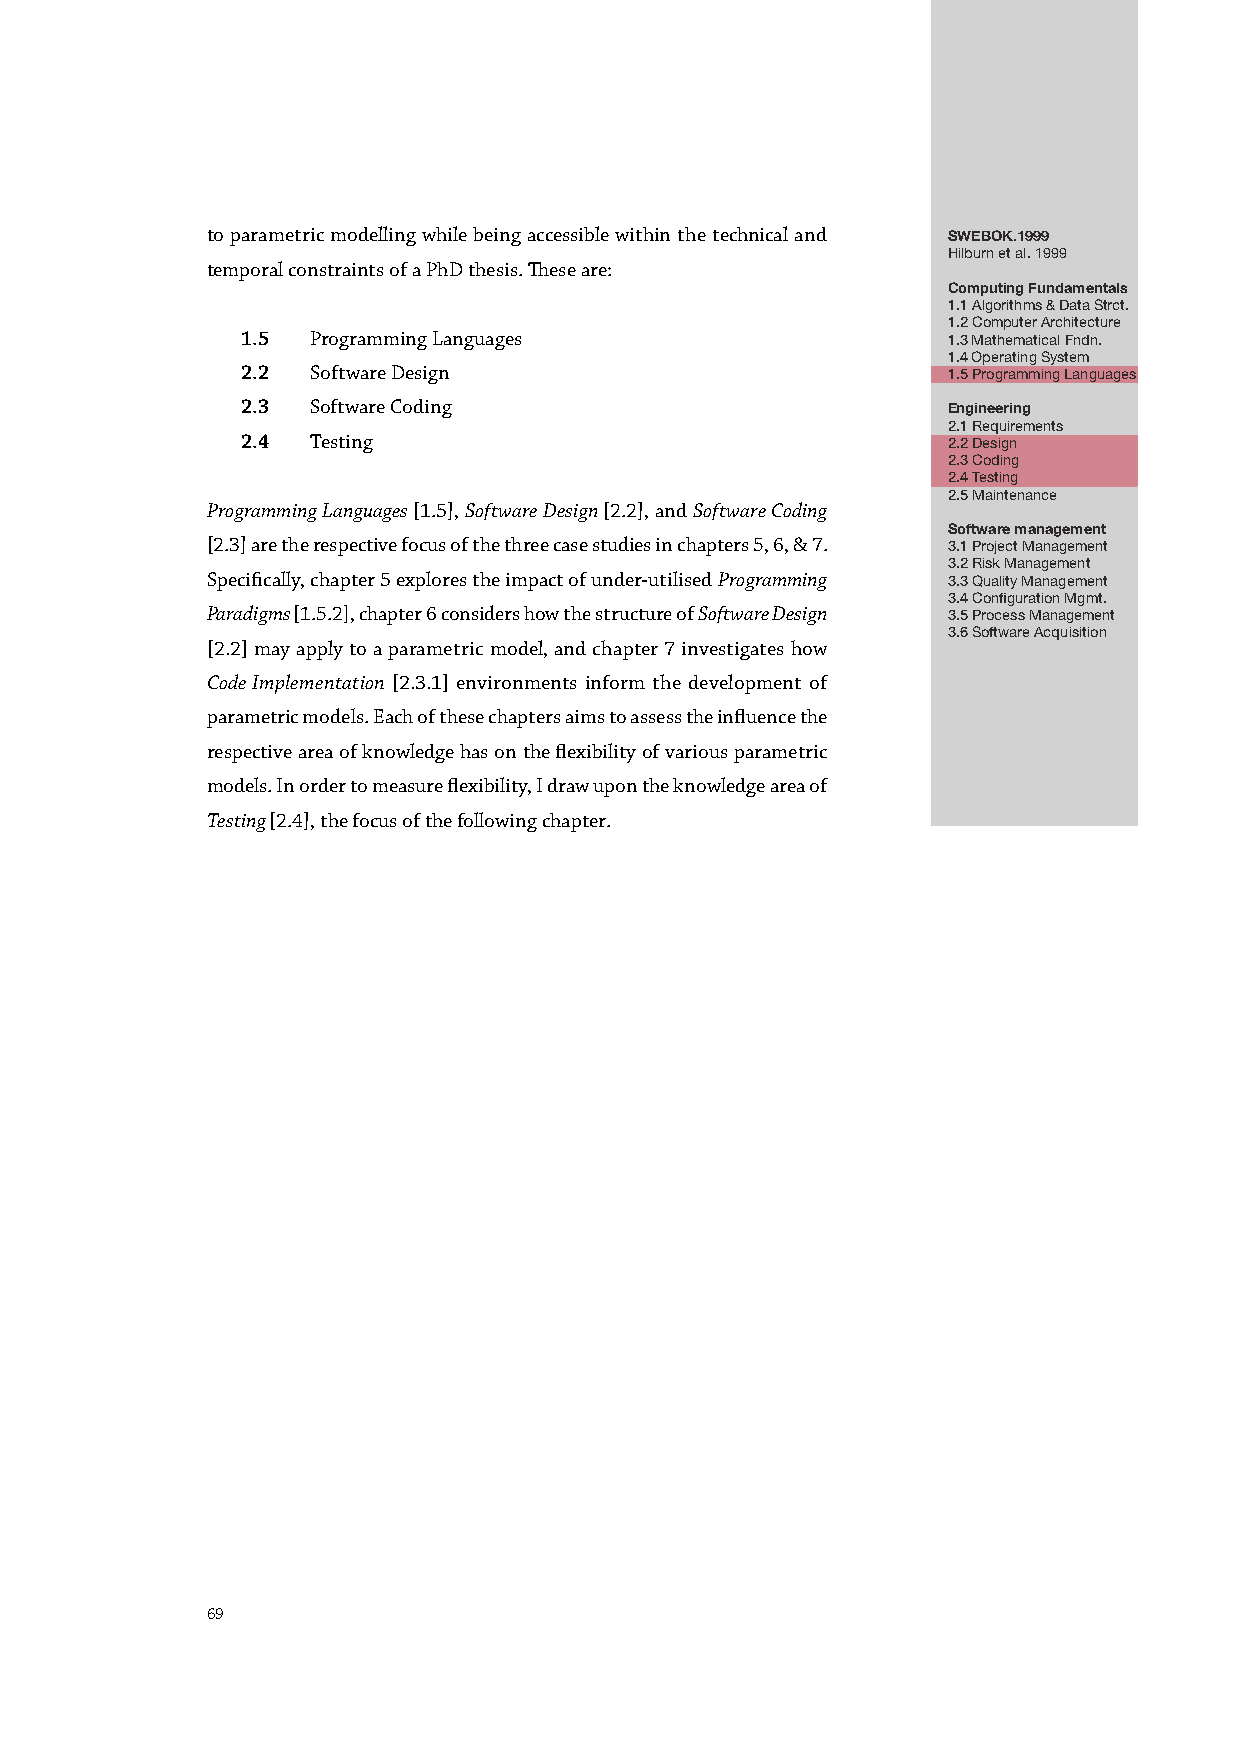
to parametric modelling while being accessible within the technical and
 SWEBOK.1999
 Hilburn et al. 1999
 temporal constraints of a PhD thesis. These are:
 Computing Fundamentals
 1.1 Algorithms & Data Strct.
 1.2 Computer Architecture
 1.5  Programming Languages                     1.3 Mathematical Fndn.
 1.4 Operating System
 2.2  Software Design                           1.5 Programming Languages
 2.3  Software Coding
 Engineering
 2.1 Requirements
 2.4  Testing                                   2.2 Design
 2.3 Coding
 2.4 Testing
 2.5 Maintenance
 Programming Languages [1.5], Software Design [2.2], and Software Coding
 Software management
 [2.3] are the respective focus of the three case studies in chapters 5, 6, & 7. 3.1 Project Management
 3.2 Risk Management
 Specifically, chapter 5 explores the impact of under-utilised Programming 3.3 Quality Management
 3.4 Configuration Mgmt.
 Paradigms [1.5.2], chapter 6 considers how the structure of Software Design 3.5 Process Management
 3.6 Software Acquisition
 [2.2] may apply to a parametric model, and chapter 7 investigates how
 Code Implementation [2.3.1] environments inform the development of
 parametric models. Each of these chapters aims to assess the influence the
 respective area of knowledge has on the flexibility of various parametric
 models. In order to measure flexibility, I draw upon the knowledge area of
 Testing [2.4], the focus of the following chapter.
 69